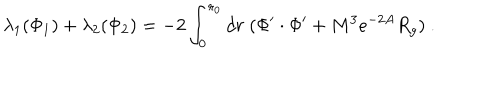
LaTeX: \lambda _ { 1 } ( \Phi _ { 1 } ) + \lambda _ { 2 } ( \Phi _ { 2 } ) = - 2 \int _ { 0 } ^ { r _ { 0 } } d r \; ( \Phi ^ { \prime } \cdot \Phi ^ { \prime } + M ^ { 3 } e ^ { - 2 A } R _ { g } ) ~ .